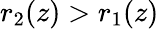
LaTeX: r_{2}(z)>r_{1}(z)